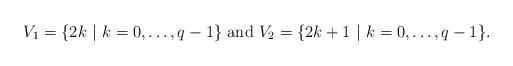
LaTeX: \begin{align*} V_1=\lbrace 2k \ | \ k=0, \ldots ,q-1 \rbrace \mbox{ and } V_2=\lbrace 2k+1 \ | \ k=0,\ldots ,q-1 \rbrace . \end{align*}